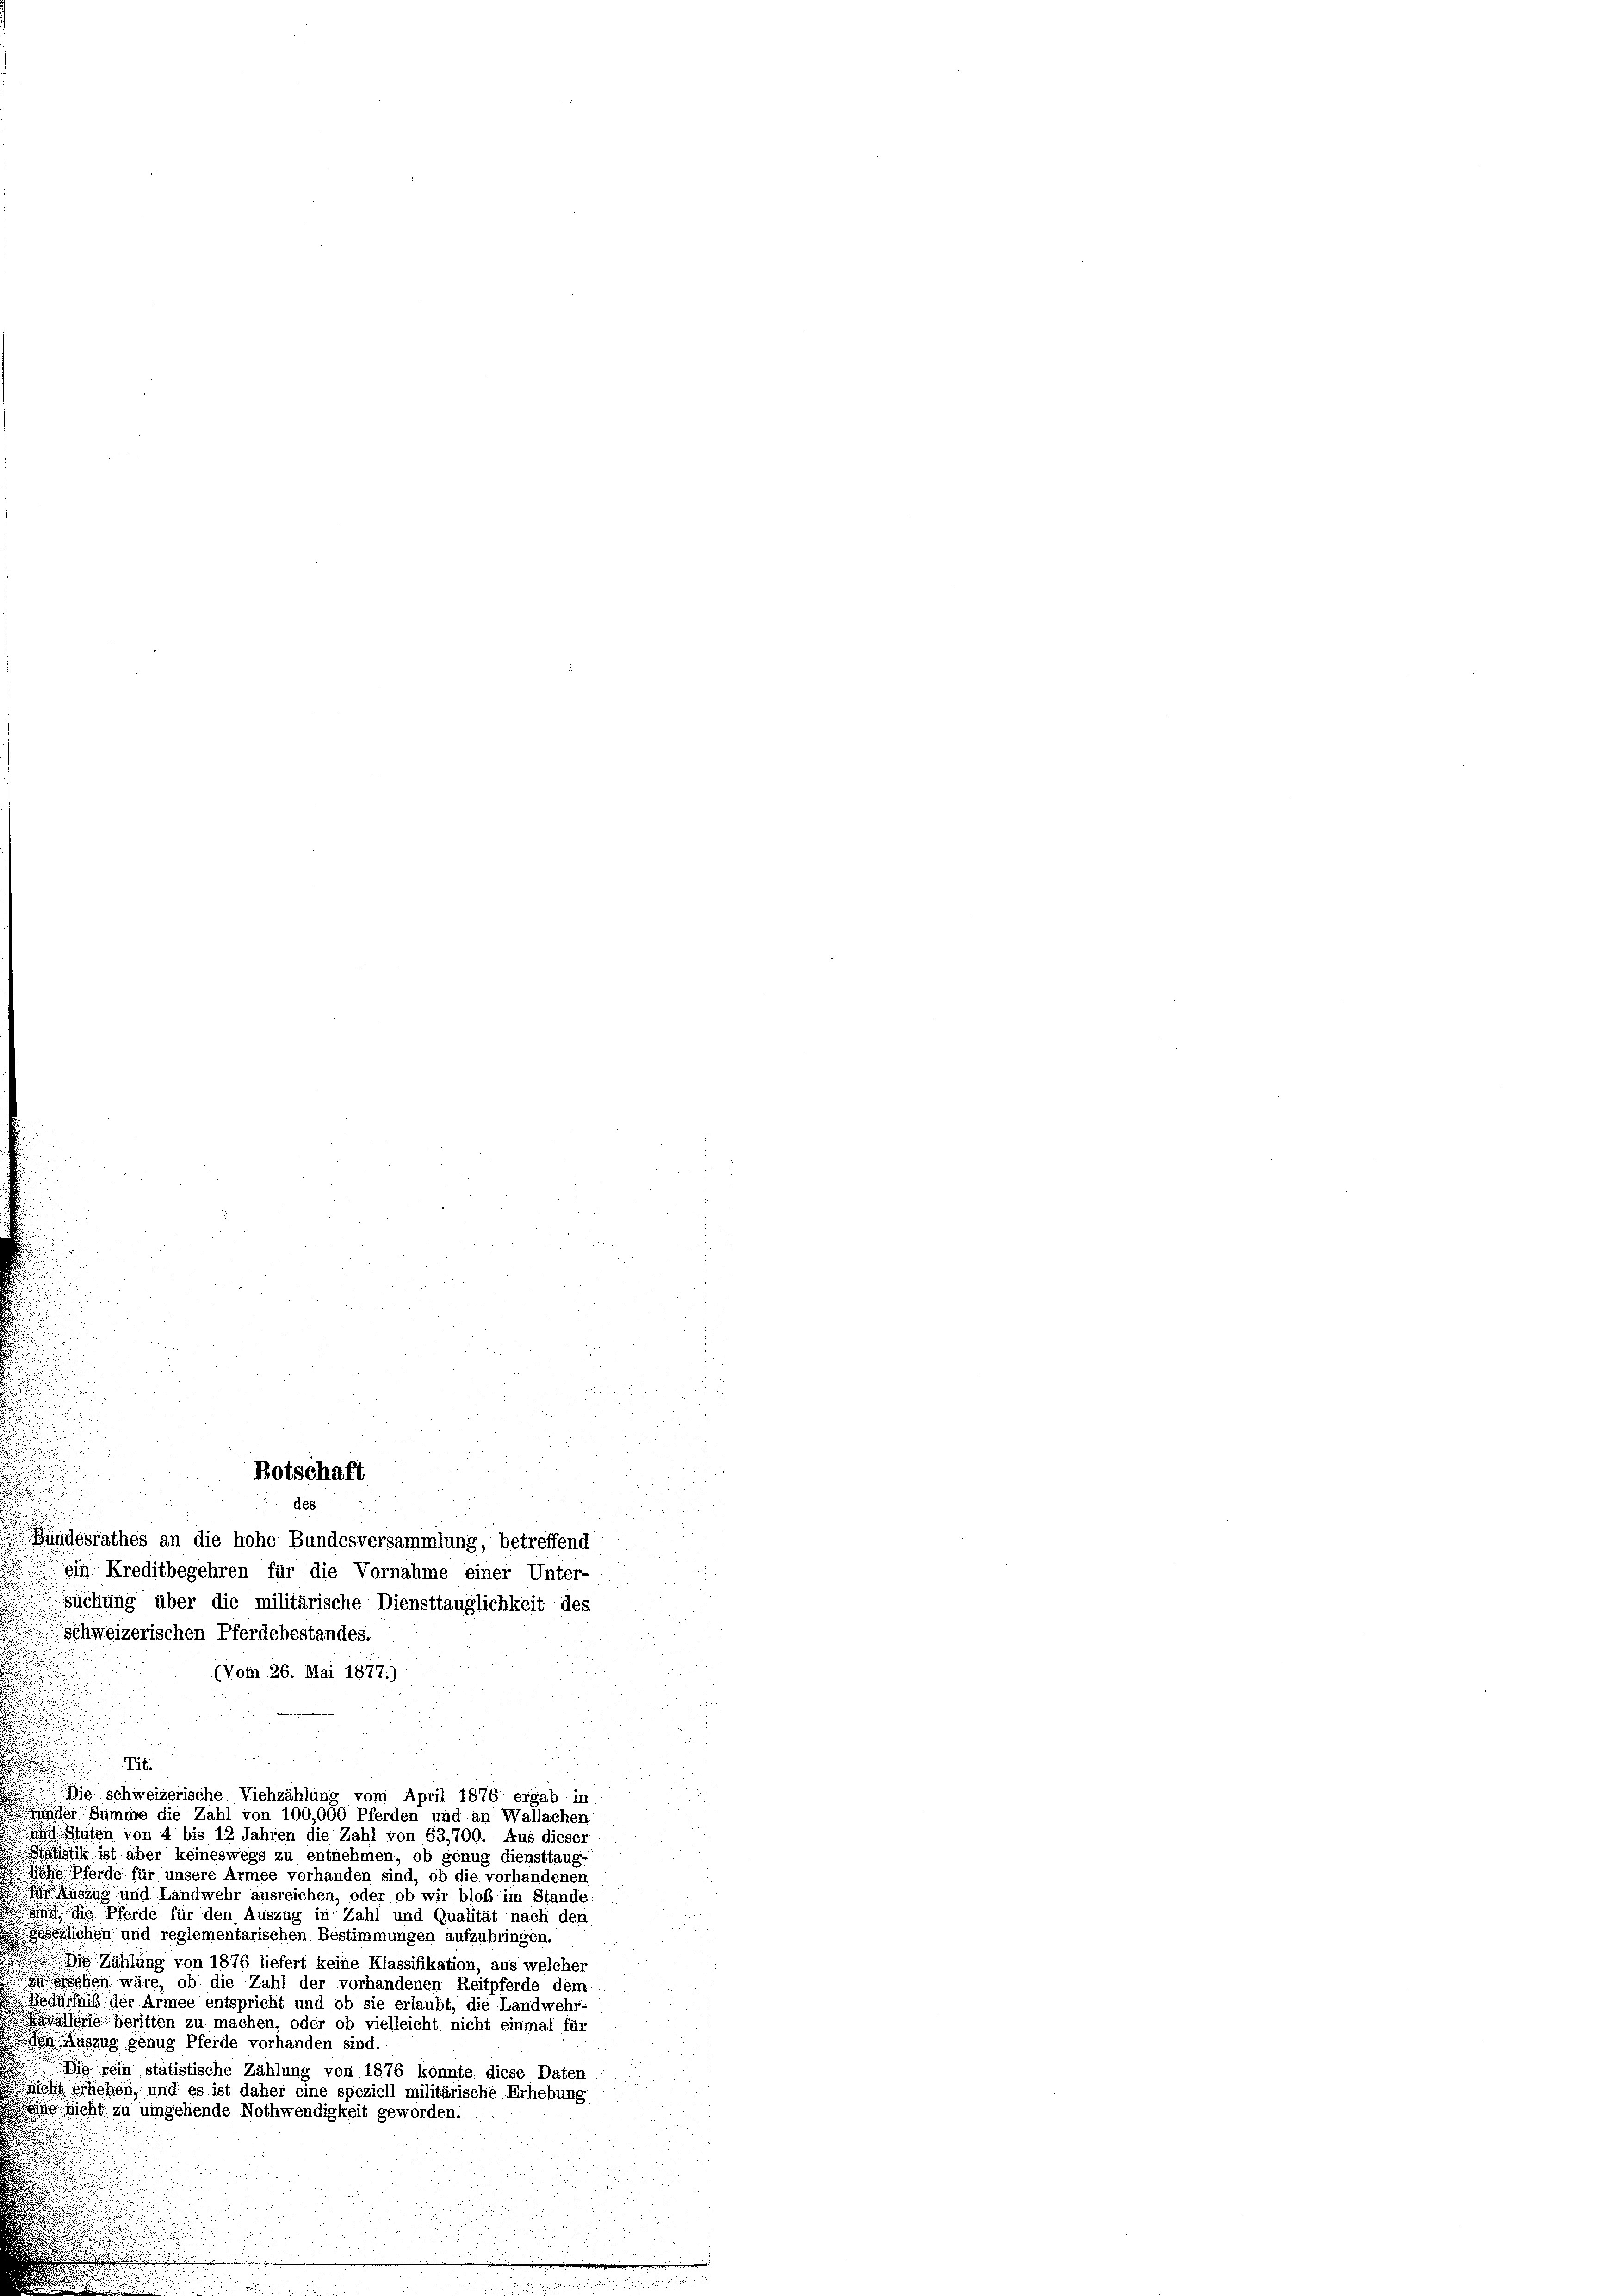
u
.

5
.
Bundesrathes an die hohe Bundesversammlung, betreffend
ein Kreditbegehren für die Vornahme einer Unter-
suchung über die militärische Diensttauglichkeit des
Schweizerischen Pferdebestandes.
(Vom 26. Mai 1877.)
u
u
Tit.
Die schweizerische Viehzählung vom April 1876 ergab in
de Summe die Zahl von 100,000 Pferden und an Wallachen
Stuten von 4 bis 12 Jahren die Zahl von 63,700. Aus dieser
alistik ist aber keineswegs zu entnehmen, ob genug diensttaug-
Pferde für unsere Armee vorhanden sind, ob die vorhandenen
nug und Landwehr ausreichen, oder ob wir bloß im Stande
n die Pferde für den Auszug in Zahl und Qualität nach den
Gesezlichen und reglementarischen Bestimmungen aufzubringen.
Die Zählung von 1876 liefert keine Klassifikation, aus welcher
rschen wäre, ob die Zahl der vorhandenen Reitpferde dem
Bedürfniß der Armee entspricht und ob sie erlaubt, die Landwehr-
Kavallerieberitten zu machen, oder ob vielleicht nicht einmal für
don Auszug genug Pferde vorhanden sind.
Die rein statistische Zählung von 1876 konnte diese Dater
nicht erheben, und es ist daher eine speziell militärische Erhebung
Eine nicht zu umgehende Nothwendigkeit geworden.

Botschaft

des